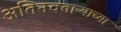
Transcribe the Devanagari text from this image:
अतिनवताऱ्याच्या